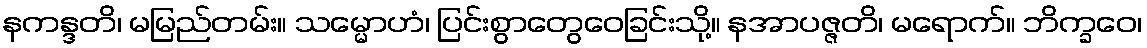
နကန္ဒတိ၊ မမြည်တမ်း။ သမ္မောဟံ၊ ပြင်းစွာတွေဝေခြင်းသို့။ နအာပဇ္ဇတိ၊ မရောက်။ ဘိက္ခဝေ၊